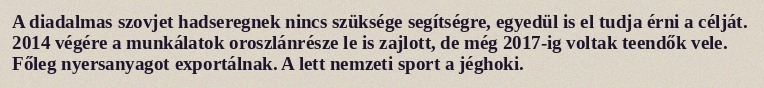
A diadalmas szovjet hadseregnek nincs szüksége segítségre, egyedül is el tudja érni a célját. 2014 végére a munkálatok oroszlánrésze le is zajlott, de még 2017-ig voltak teendők vele. Főleg nyersanyagot exportálnak. A lett nemzeti sport a jéghoki.